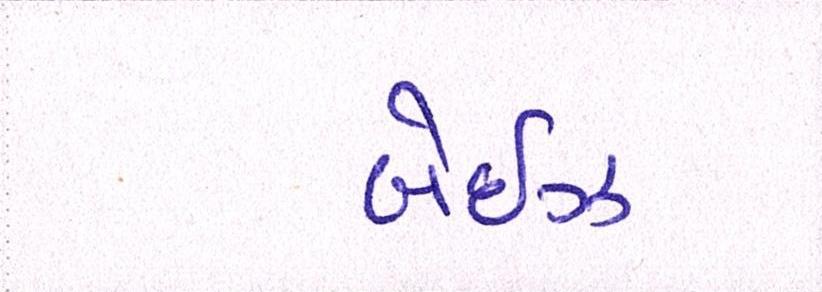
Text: બેઈઝ